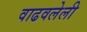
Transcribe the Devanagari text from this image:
वाढवलेली